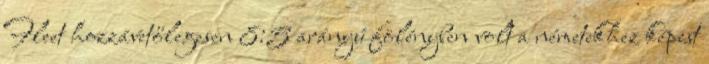
Fleet hozzávetőlegesen 8:5 arányú fölényben volt a németekhez képest